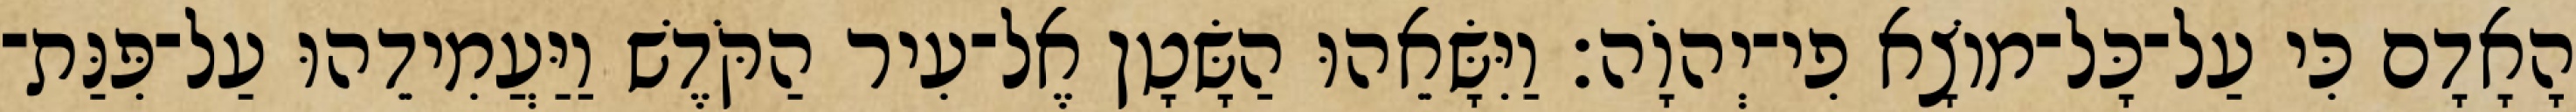
הָאָדָם כִּי עַל־כָּל־מוֹצָא פִי־יְהוָֹה׃ וַיִּשָּׂאֵהוּ הַשָּׂטָן אֶל־עִיר הַקֹּדֶשׁ וַיַּעֲמִידֵהוּ עַל־פִּנַּת־